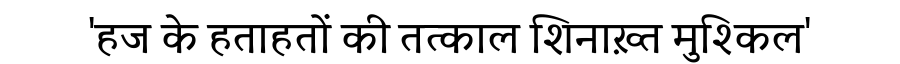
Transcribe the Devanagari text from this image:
'हज के हताहतों की तत्काल शिनाख़्त मुश्किल'